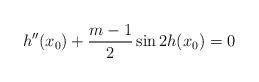
LaTeX: \begin{align*}h''(x_0)+\frac{m-1}{2}\sin 2h(x_0)=0\end{align*}